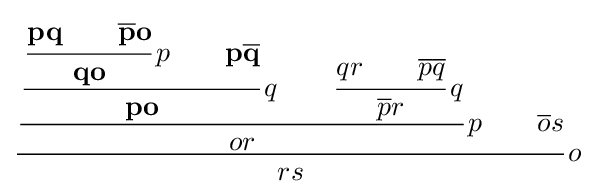
{\cfrac {{\cfrac {{\cfrac {{\cfrac {\mathbf {pq} \qquad \mathbf {{\overline {p}}o} }{\mathbf {qo} }}\,p\qquad \mathbf {p{\overline {q}}} }{\mathbf {po} }}\,q\qquad {\cfrac {qr\qquad {\overline {p}}{\overline {q}}}{{\overline {p}}r}}\,q}{or}}\,p\qquad {\overline {o}}s}{rs}}\,o